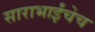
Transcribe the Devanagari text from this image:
साराभाईंचेच